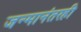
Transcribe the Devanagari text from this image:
जन्मानंतरही